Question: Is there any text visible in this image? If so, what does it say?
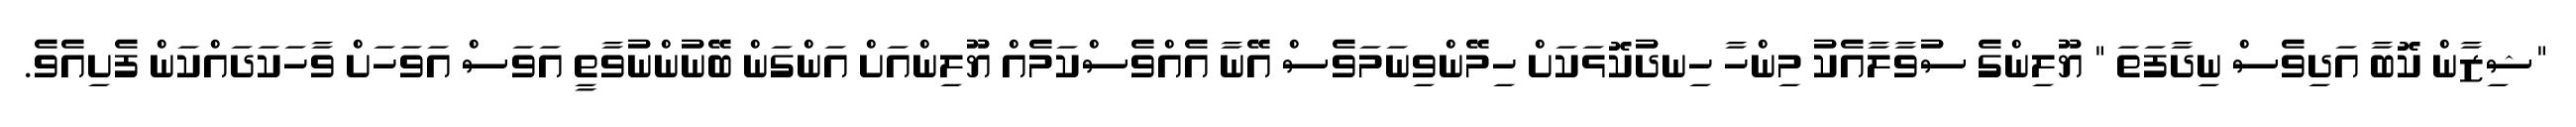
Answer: "ޝިޒާން ކޮބާ އަދިވެސް ނިދާފަތަ " ޔޫލިންގެ ސުވާލާއެކު މިންހާ ހިނދުކޮޅަކަށް ހިމޭންވިނަމަވެސް އޭނާ އެއްވެސްކަމެއް ޔޫލިންއަށް އަންގަން ބޭނުންނުވާތީ އަވަސް އަވަހަށް ވާހަކަދައްކަން ފެށިއެވެ.